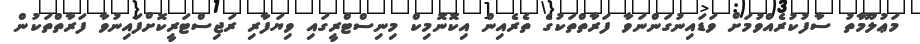
މަޢުލޫމާތު ސާފުކުރެއްވުމަށް ވަޑައިނުގަންނަވާ ފަރާތްތަކުގެ ތެރެއިން އިކޮނޮމިކް މިނިސްޓްރީގައި ވިޔަފާރި ރަޖިސްޓަރީކޮށްފައިނުވާ ފަރާތްތަކުން